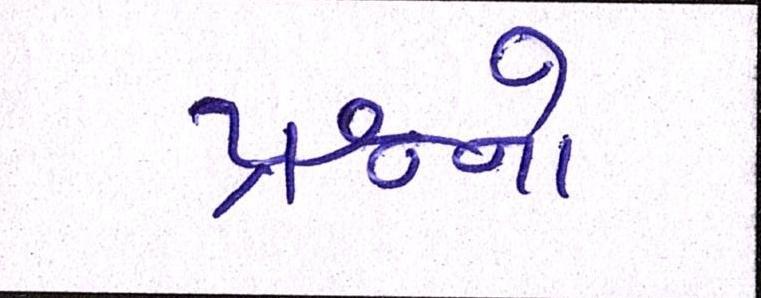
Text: પ્રશ્નનો